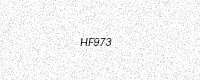
Text: HF973